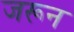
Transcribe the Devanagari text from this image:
जरून